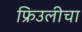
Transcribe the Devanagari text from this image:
फ्रिउलीचा